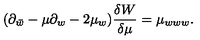
( \partial _ { \bar { w } } - \mu \partial _ { w } - 2 \mu _ { w } ) { \frac { \delta W } { \delta \mu } } = \mu _ { w w w } .